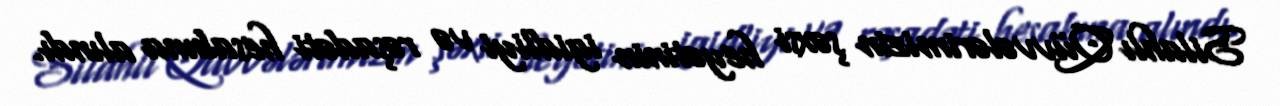
Silahlı Qüvvələrimizin şəxsi heyətinin igidliyi və rəşadəti hesabına alındı.